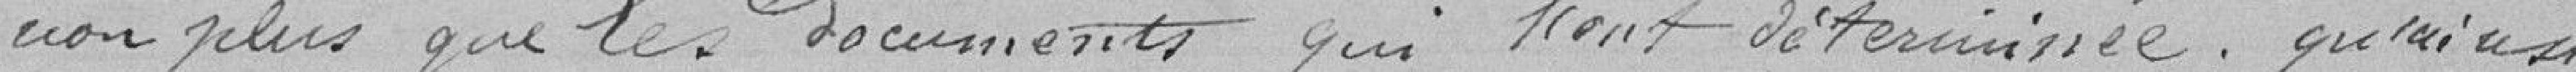
non p)lus que les documents qui l'ont déterminée, qu'ainsi